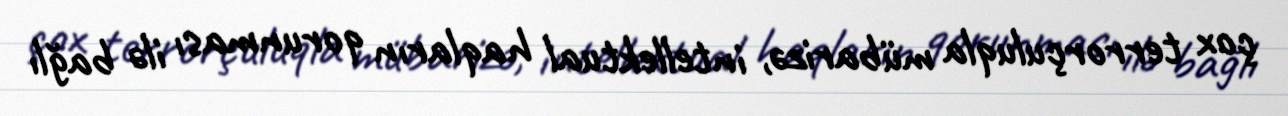
çox terrorçuluqla mübarizə, intellektual haqların qorunması ilə bağlı